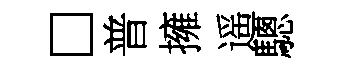
□普擁遥驄